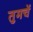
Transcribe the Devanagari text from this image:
तुमचें